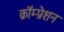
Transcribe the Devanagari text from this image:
क्रॉम्प्रेशन